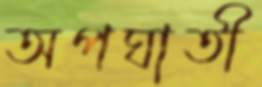
অপঘাতী